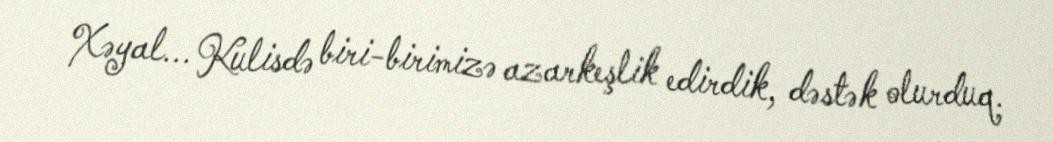
Xəyal... Kulisdə biri-birimizə azarkeşlik edirdik, dəstək olurduq.